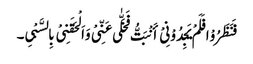
فَنَظَرُوْا فَلَمْ یَجِدُوْنِیْ أَنْبَتُّ فَخَلّٰی عَنِّیْ وَاَلْحَقَنِیْ بِالسَّبْیِ۔